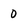
Character: 0